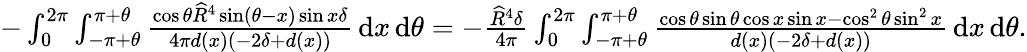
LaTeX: \begin{array}{r}{-\int_{0}^{2\pi}\int_{-\pi+\theta}^{\pi+\theta}\frac{\cos\theta\widehat{R}^{4}\sin(\theta-x)\sin x\delta}{4\pi d(x)(-2\delta+d(x))}\, {\mathrm{d}}x\, {\mathrm{d}}\theta=-\frac{\widehat{R}^{4}\delta}{4\pi}\int_{0}^{2\pi}\int_{-\pi+\theta}^{\pi+\theta}\frac{\cos\theta\sin\theta\cos x\sin x-\cos^{2}\theta\sin^{2}x}{d(x)\left(-2\delta+d(x)\right)}\, {\mathrm{d}}x\, {\mathrm{d}}\theta.}\end{array}